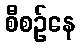
စီစဉ်နေ